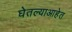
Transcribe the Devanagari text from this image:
घेतल्याआहेत